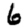
Digit: 6